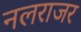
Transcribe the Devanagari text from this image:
नलराजर